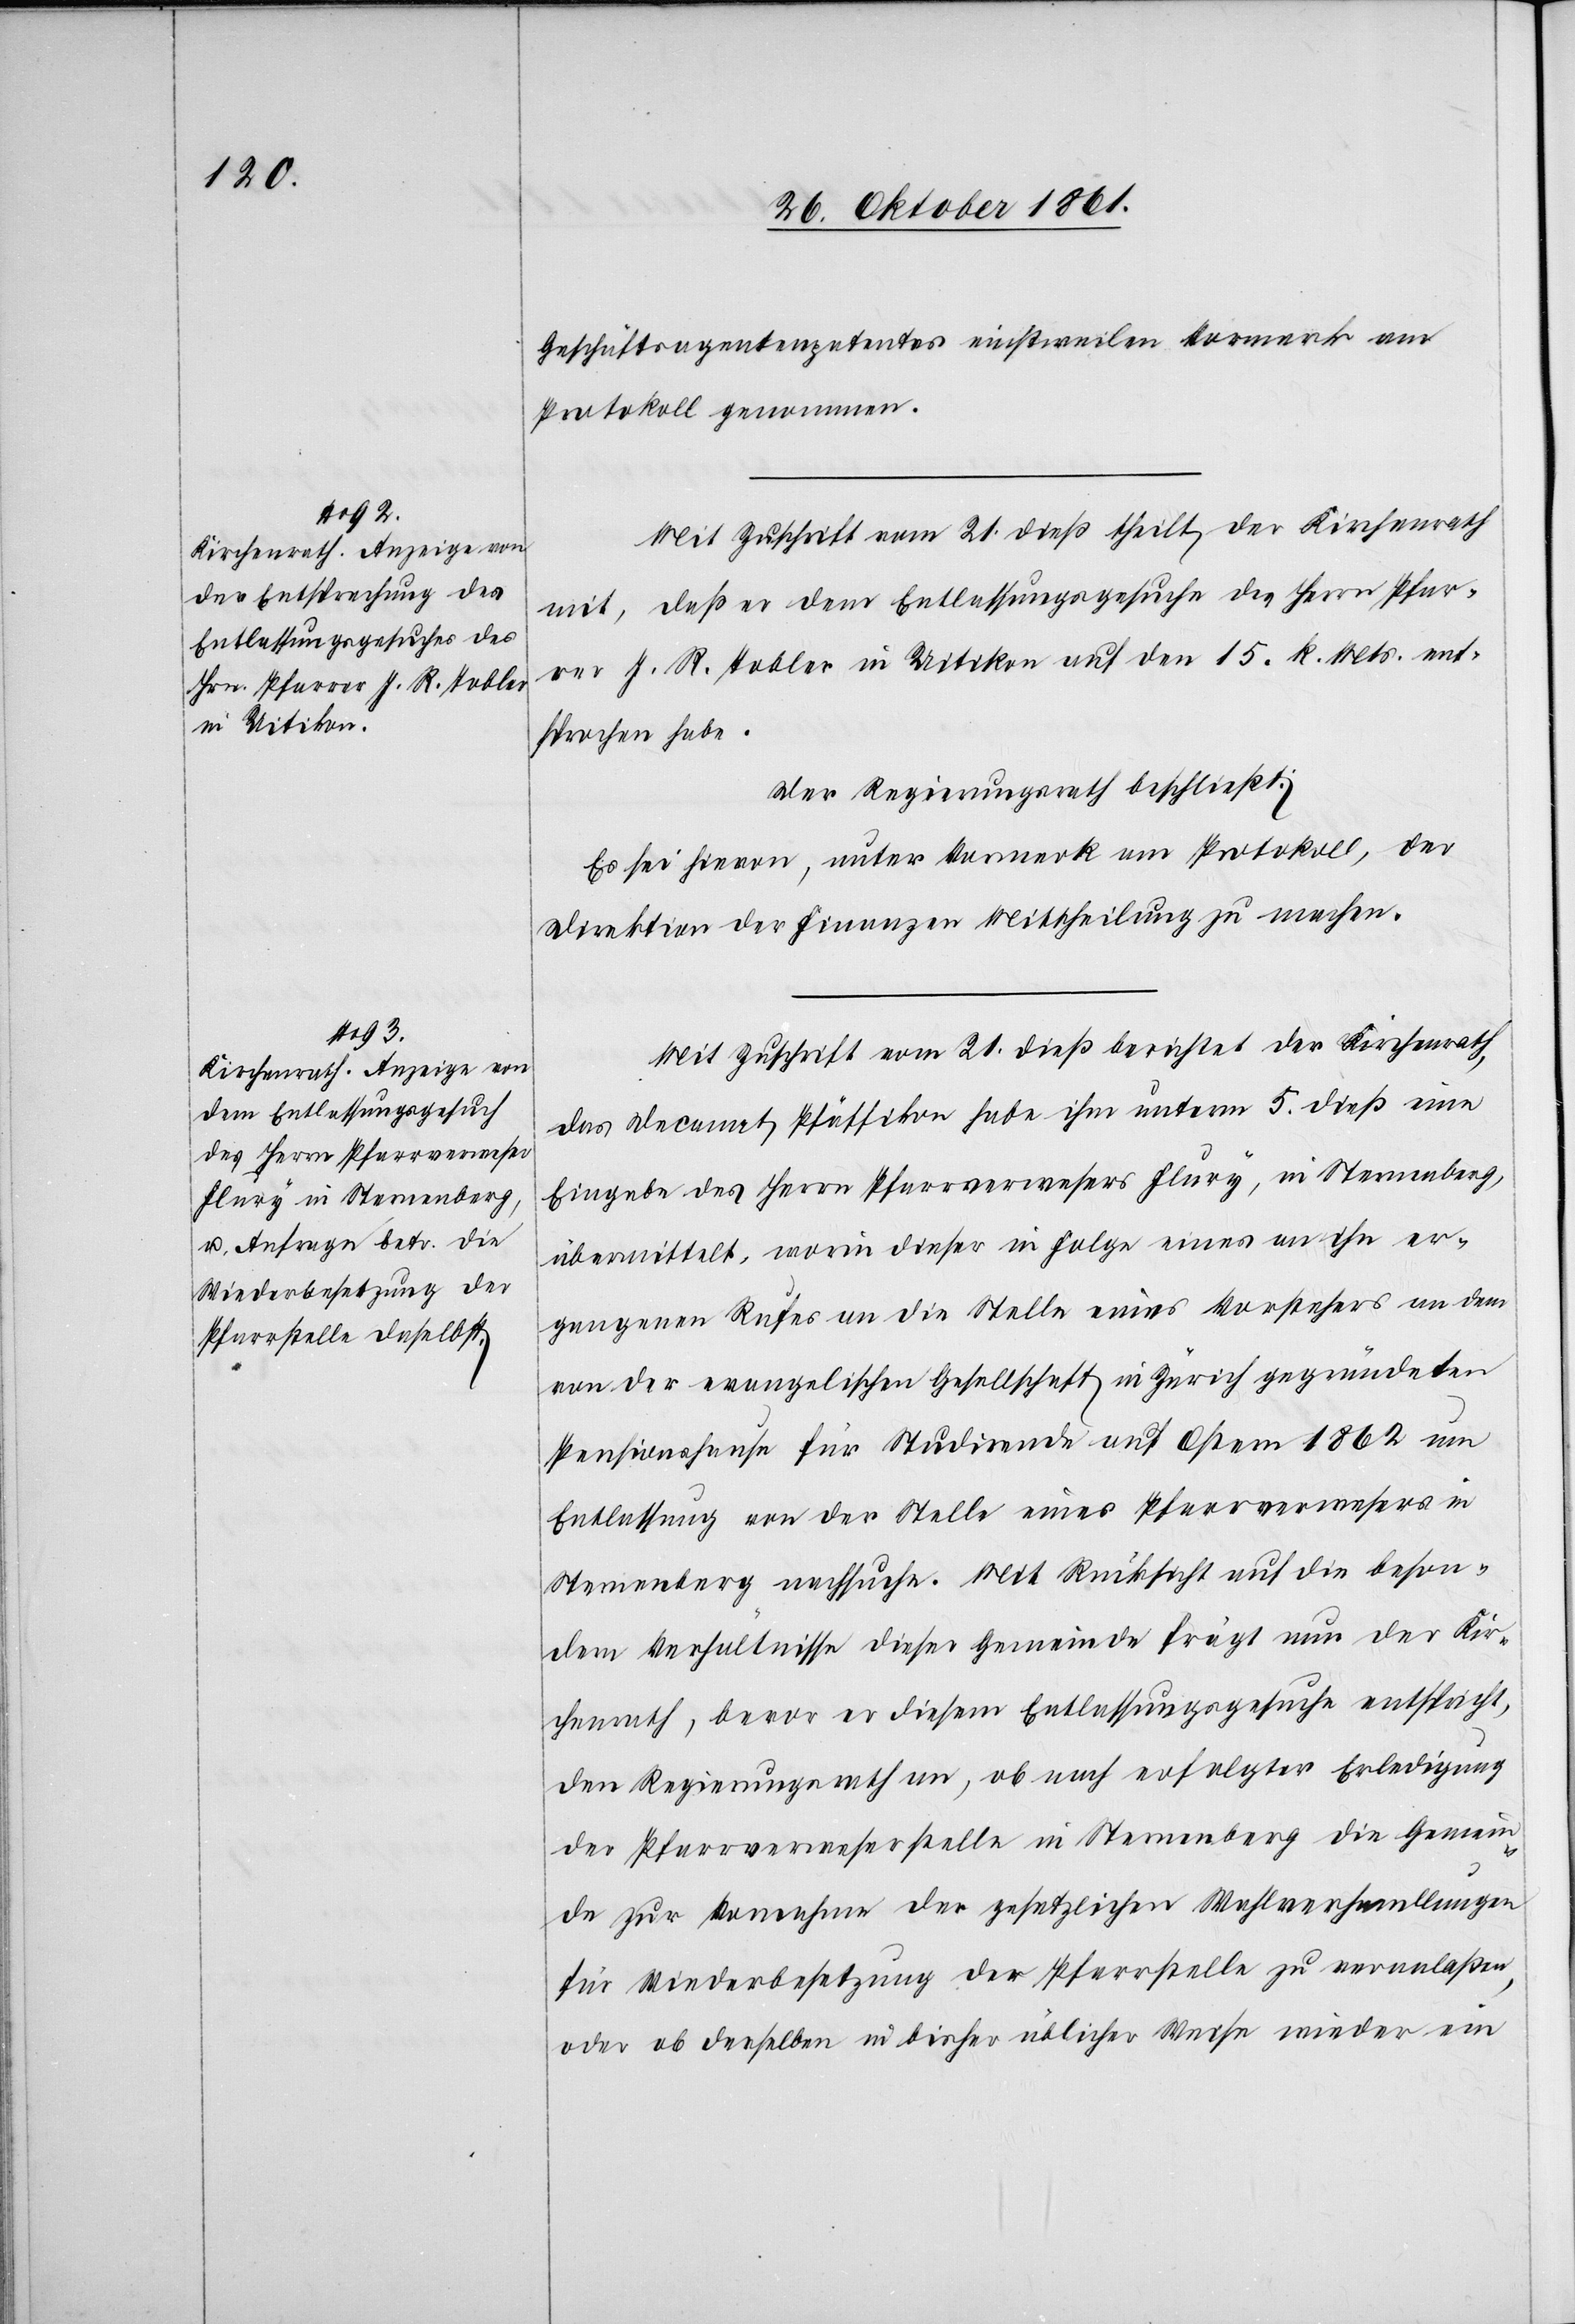
Geschäftsagentenpatentes einstweilen Vormerk am
Protokoll genommen.
Mit Zuschrift vom 21 dieß theilt der Kirchenrath
mit, daß er dem Entlassungsgesuche des Herrn Pfar¬
rer J. R. Tobler in Uitikon auf den 15 k. Mts. ent¬
sprochen habe.
Der Regierungsrath beschließt:
Es sei hievon, unter Vormerk am Protokoll, der
Direktion der Finanzen Mittheilung zu machen.
Mit Zuschrift vom 21 dieß berichtet der Kirchenrath,
das Decanat Pfäffikon habe ihm unterm 5 dieß eine
Eingabe des Herrn Pfarrverweser Flury, in Sternenberg,
übermittelt, worin dieser in Folge eines an ihn er¬
gangenen Rufes an die Stelle eines Vorstehers an dem
von der evangelischen Gesellschaft in Zürich gegründeten
Pensionshause für Studirende auf Ostern 1862 um
Entlassung von der Stelle eines Pfarrverwesers in
Sternenberg nachsuche. Mit Rücksicht auf die beson¬
dern Verhältnisse dieser Gemeinde frägt nun der Kir¬
chenrath, bevor er diesem Entlassungsgesuche entspricht,
den Regierungsrath an, ob nach erfolgter Erledigung
der Pfarrverweserstelle in Sternenberg die Gemein¬
de zur Vornahme der gesetzlichen Wahlverhandlungen
für Wiederbesetzung der Pfarrstelle zu veranlaßen,
oder ob derselben in bisher üblicher Weise wieder ein